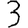
Digit: 3